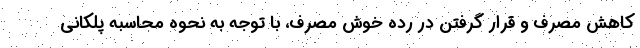
کاهش مصرف و قرار گرفتن در رده خوش مصرف، با توجه به نحوه محاسبه پلکانی